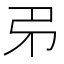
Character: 𢎱